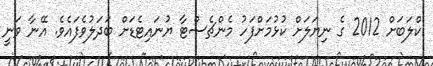
ކްލަބަށް 2012 ގެ ނިޔަލަށް ކުޅުމަށްފަހު މެންޗެސްޓާ ޔުނައިޓެޑަށް ބަދަލުވެފައެވެ. އޭނާ ވަނީ